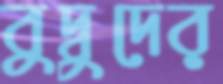
বুদ্বুদের